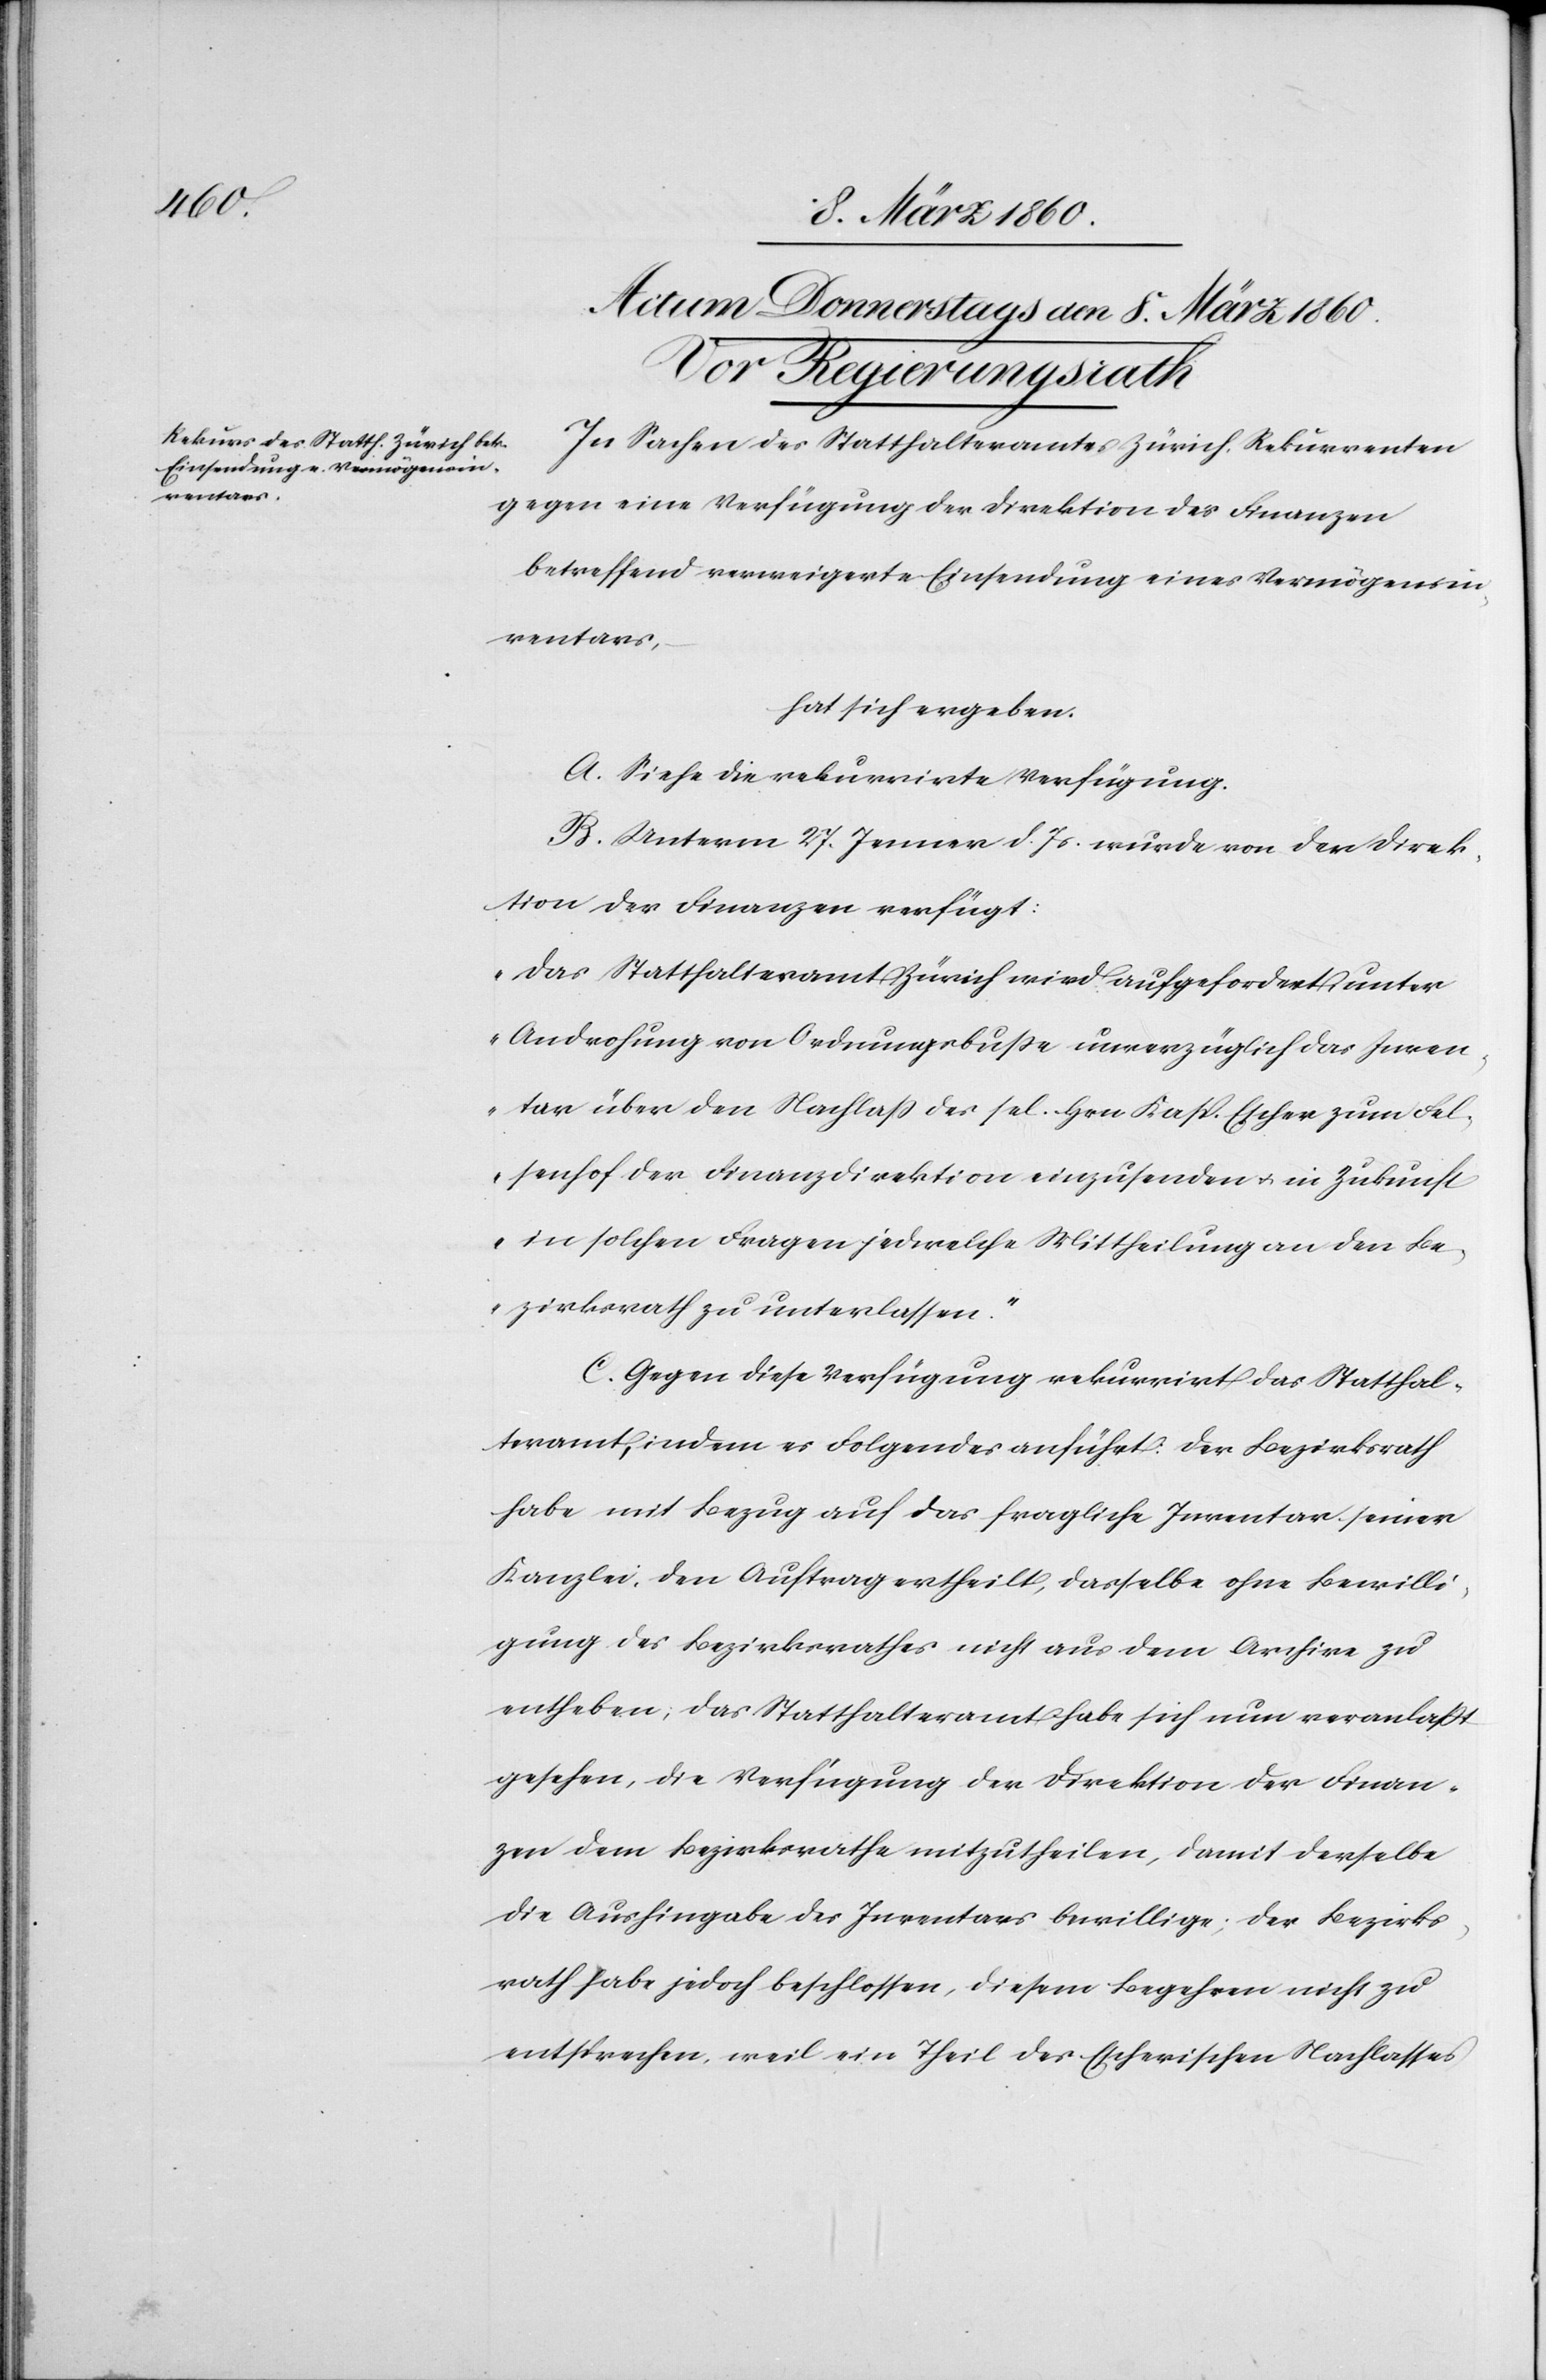
In Sachen des Statthalteramtes Zürich, Rekurrenten
gegen eine Verfügung der Direktion der Finanzen
betreffend verweigerte Einsendung eines Vermögensin¬
ventars,
hat sich ergeben:
A. Siehe die rekurrirte Verfügung.
B. unterm 27. Jenner d. Js. wurde von der Direk¬
tion der Finanzen verfügt:
„Das Statthalteramt Zürich wird aufgefordert unter
Androhung von Ordnungsbusse unverzüglich das Inven¬
tar über den Nachlass des sel. Hrn. Kasp. Escher zum Fel¬
senhof der Finanzdirektion einzusenden u. in Zukunft
in solchen Fragen jedwelche Mittheilung an den Be¬
zirksrath zu unterlassen.“
C. Gegen diese Verfügung rekurrirt das Statthal¬
teramt, indem es Folgendes anführt. Der Bezirksrath
habe mit Bezug auf das fragliche Inventar seiner
Kanzlei den Auftrag ertheilt, dasselbe ohne Bewilli¬
gung des Bezirksrathes nicht aus dem Archive zu
entheben, das Statthalteramt habe sich nun veranlasst
gesehen, die Verfügung der Direktion der Finan¬
zen zum Bezirksrathe mitzutheilen, damit derselbe
die Aushingabe des Inventars bewillige; der Bezirks¬
rath habe jedoch beschlossen, diesem Begehren nicht zu
entsprechen, weil ein Theil des Escherischen Nachlasses